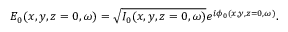
E _ { 0 } ( x , y , z = 0 , \omega ) = \sqrt { I _ { 0 } ( x , y , z = 0 , \omega ) } e ^ { i \phi _ { 0 } ( x , y , z = 0 , \omega ) } .